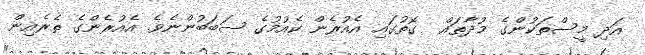
އަދި މީސްތަކުންގެ މުދާތައް  ގޮތުގައި އެއުރެން ކެއުމުގެ ސަބަބުންނެވެ. އެއުރެންގެ ތެރެއިން